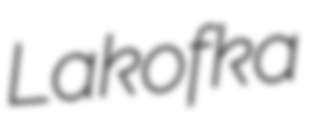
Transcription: Lakofka